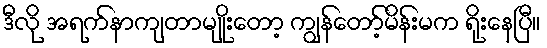
ဒီလို အရက်နာကျတာမျိုးတော့ ကျွန်တော့်မိန်းမက ရိုးနေပြီ။